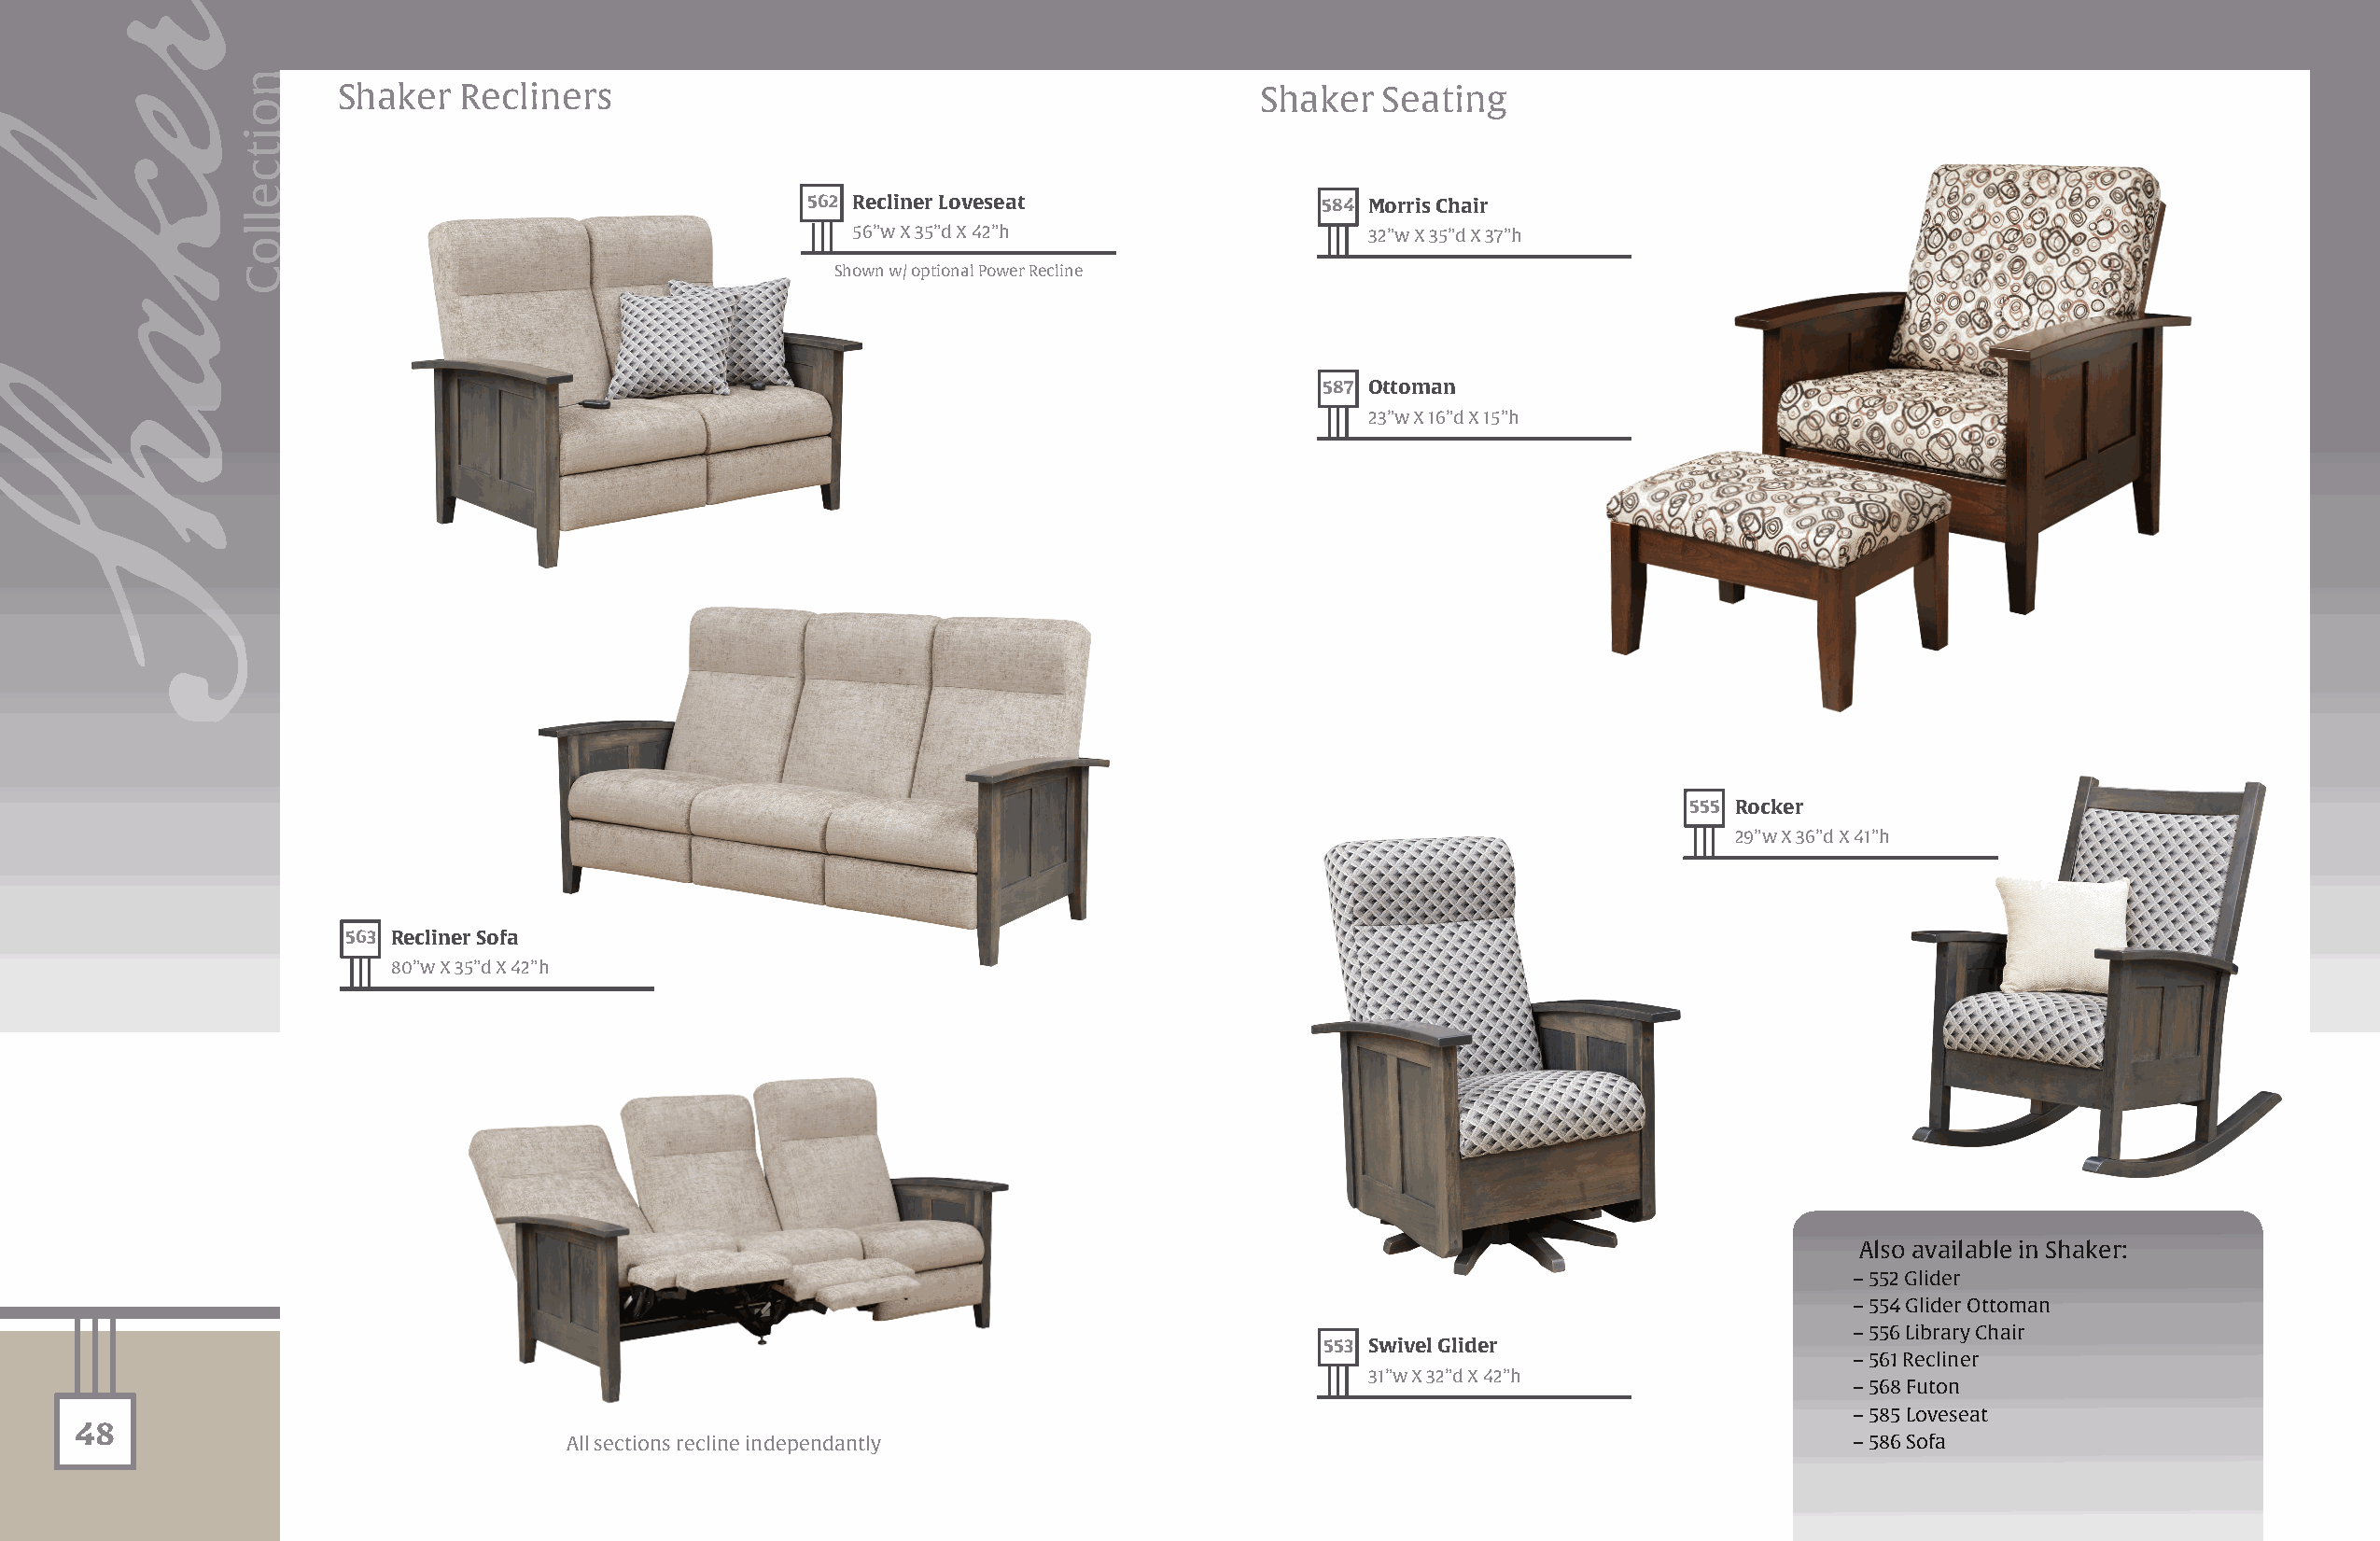
Shaker   Recliners                                               Shaker   Seating
 562 Recliner Loveseat                584 Morris Chair
 56”w X 35”d X 42”h                   32”w X 35”d X 37”h
 Shown w/ optional Power Recline
 587 Ottoman
 23”w X 16”d X 15”h
 555 Rocker
 29”w X 36”d X 41”h
 563 Recliner Sofa
 80”w X 35”d X 42”h
 Also available in Shaker:
 – 552 Glider
 – 554 Glider Ottoman
 – 556 Library Chair
 553 Swivel Glider
 – 561 Recliner
 31”w X 32”d X 42”h
 – 568 Futon
 – 585 Loveseat
 48
 All sections recline independantly                                                         – 586 Sofa
 rekahS
 noitcelloC